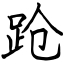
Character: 跄